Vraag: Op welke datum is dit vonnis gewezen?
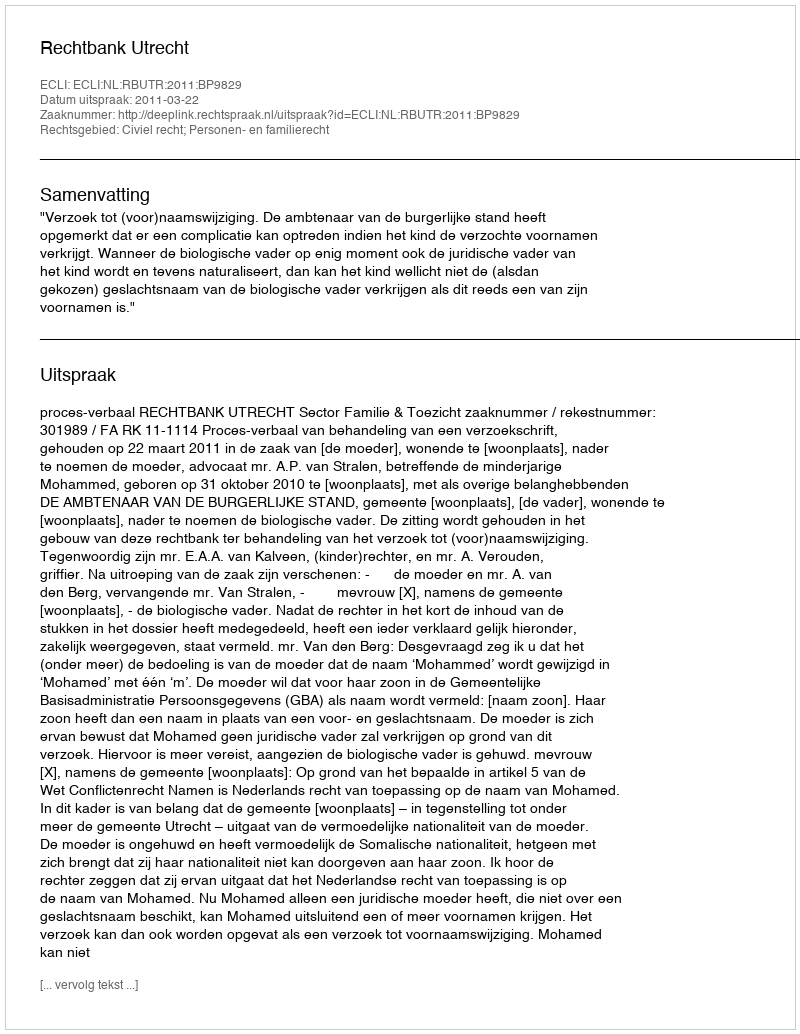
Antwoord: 2011-03-22